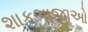
શાકભાજીઓ